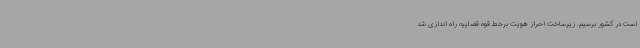
است در کشور برسیم. زیرساخت احراز هویت برخط قوه قضاییه راه اندازی شد